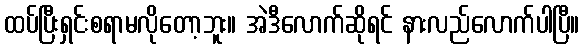
ထပ်ပြီးရှင်းစရာမလိုတော့ဘူး။ အဲဒီလောက်ဆိုရင် နားလည်လောက်ပါပြီ။